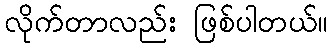
လိုက်တာလည်း ဖြစ်ပါတယ်။